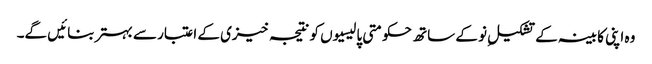
وہ اپنی کابینہ کے تشکیلِ نو کے ساتھ حکومتی پالیسیوں کو نتیجہ خیزی کے اعتبار سے بہتر بنائیں گے۔